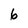
Character: 6